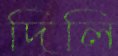
দিলি